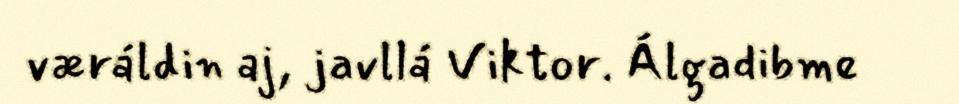
væráldin aj, javllá Viktor. Álgadibme